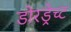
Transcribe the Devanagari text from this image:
डोरड्रेच्ट